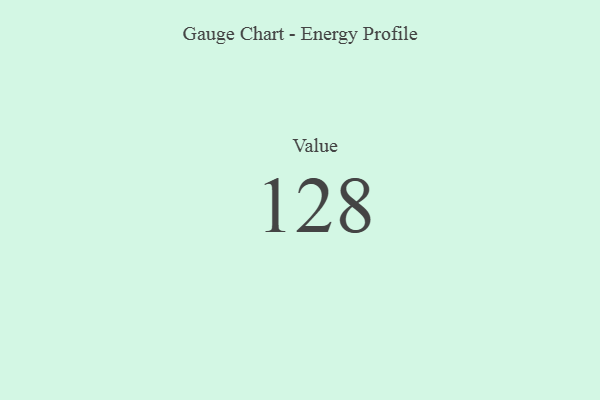
{"axis": {"x": "Metric", "y": "Value"}, "legend": [""], "data": [{"x": "Value", "y": 128, "type": ""}]}